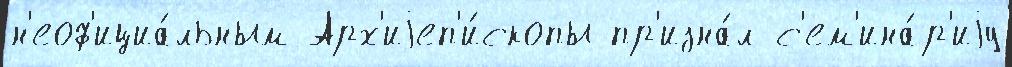
н'еоф'ициа́льным Арх'иjеп'и́скопы пр'изна́л с'ем'ина́р'иjу